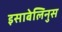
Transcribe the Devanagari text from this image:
इसाबेलिनुस